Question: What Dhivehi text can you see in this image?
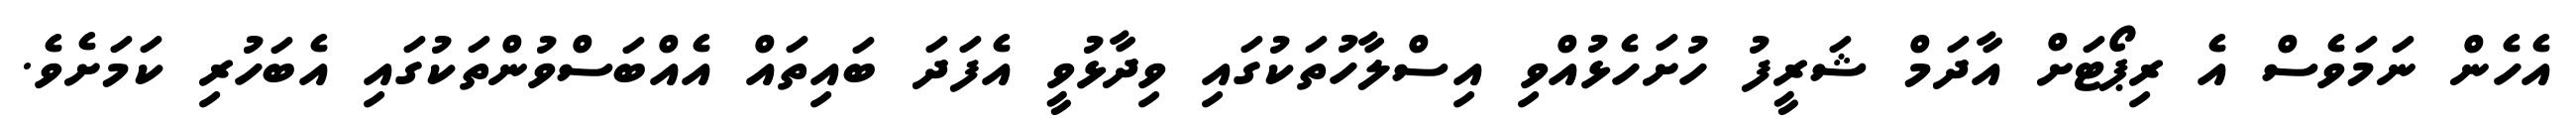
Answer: އެހެން ނަމަވެސް އެ ރިޕޯޓަށް އާދަމް ޝަރީފު ހުށަހެޅުއްވި އިސްލާހުތަކުގައި ވިދާޅުވީ އެފަދަ ބައިތައް އެއްބަސްވުންތަކުގައި އެބަހުރި ކަމަށެވެ.